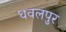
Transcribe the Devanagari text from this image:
धवलपुर